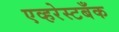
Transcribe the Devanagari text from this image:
एव्हरेस्टबँक